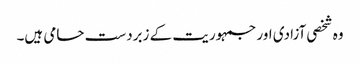
وہ شخصی آزادی اور جمہوریت کے زبردست حامی ہیں۔